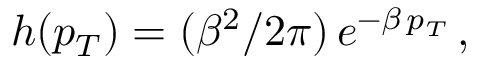
h ( p _ { T } ) = ( \beta ^ { 2 } / 2 \pi ) \, e ^ { - \beta \, p _ { T } } \, ,